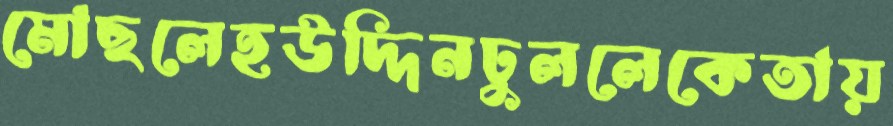
মোছলেহউদ্দিনঢুললেকেতায়